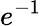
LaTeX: e^{-1}